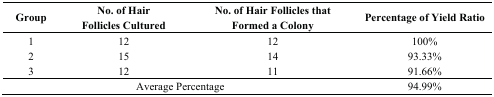
<table><thead><tr><td><b>Group</b></td><td><b>No. of Hair Follicles Cultured</b></td><td><b>No. of Hair Follicles that Formed a Colony</b></td><td><b>Percentage of Yield Ratio</b></td></tr></thead><tbody><tr><td>1</td><td>12</td><td>12</td><td>100%</td></tr><tr><td>2</td><td>15</td><td>14</td><td>93.33%</td></tr><tr><td>3</td><td>12</td><td>11</td><td>91.66%</td></tr><tr><td colspan="3">Average Percentage</td><td>94.99%</td></tr></tbody></table>